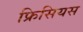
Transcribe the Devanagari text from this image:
फ्रिसियस